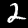
Label: 2